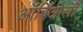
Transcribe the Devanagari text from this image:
ऑरिओलों